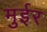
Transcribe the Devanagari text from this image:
मुईर